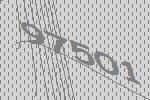
97501